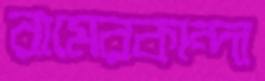
রামেরকান্দা